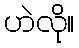
ဟဲလို။